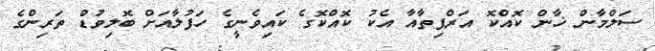
ސަލްމާން ޚާން ކޮއްކޮ އަރްޕިތާއާ އެކު ކޮއްކޮގެ ކައިވެނީގެ ހަފުލާއަށް ބޮލިވުޑް ތަރިންގެ